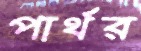
পার্থর